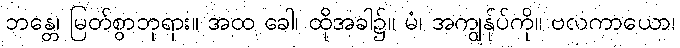
ဘန္တေ၊ မြတ်စွာဘုရား။ အထ ခေါ၊ ထိုအခါ၌။ မံ၊ အကျွန်ုပ်ကို။ ဗလကာယော၊